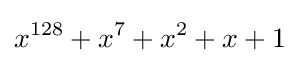
x^{128}+x^{7}+x^{2}+x+1